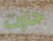
حازت